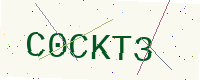
Text: C0CKT3